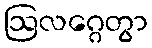
ဩလဂ္ဂေတွာ